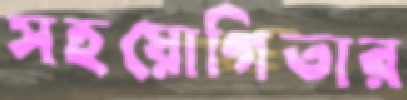
সহয়োগিতার